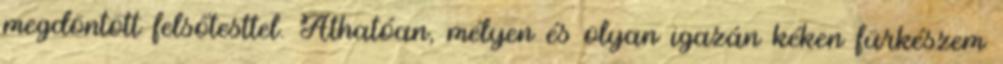
megdöntött felsőtesttel. Áthatóan, mélyen és olyan igazán kéken fürkészem